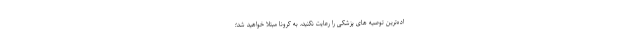
اده‌ترین توصیه های پزشکی را رعایت نکنید، به کرونا مبتلا خواهید شد؛